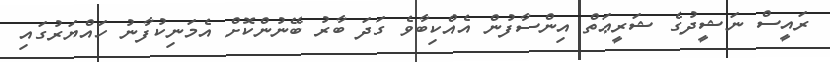
ރައީސް ނަޝީދުގެ ޝަރީޢަތް އިންސާފުން އެއްކިބާވެ ގަދަ ބާރު ބޭނުންކޮށް އެމަނިކުފާނު ހައްޔަރުގައި